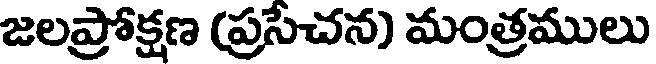
జలప్రోక్షణ (ప్రసేచన) మంత్రములు